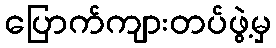
ပြောက်ကျားတပ်ဖွဲ့မှ